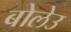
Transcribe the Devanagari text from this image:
बोलेउ